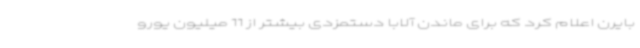
بایرن اعلام کرد که برای ماندن آلابا دستمزدی بیشتر از 11 میلیون یورو